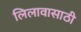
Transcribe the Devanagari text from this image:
लिलावासाठी